Scottish Leaving Certificate Examination, 1951
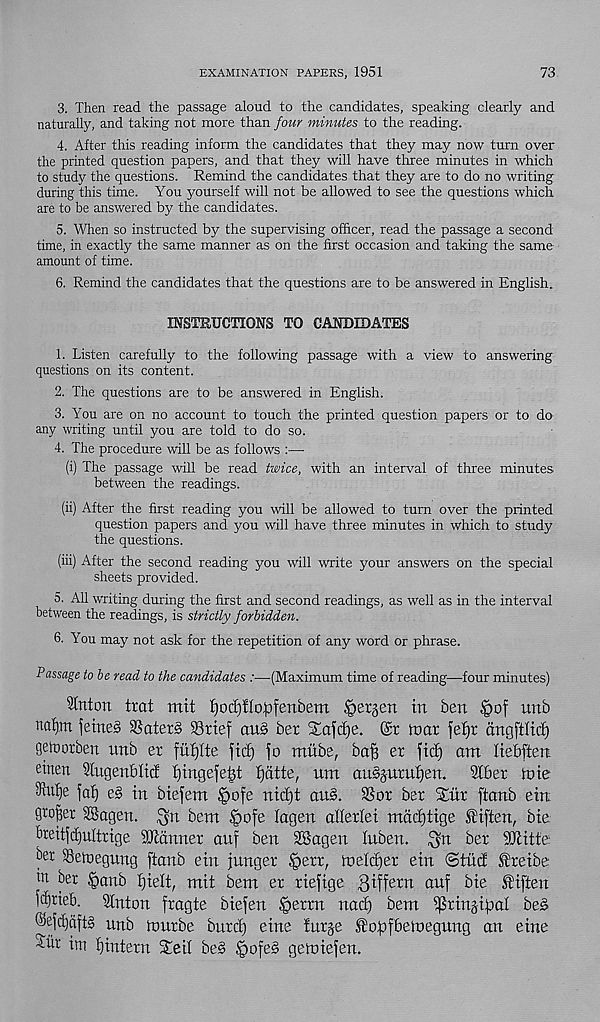
EXAMINATION PAPERS, 1951
73
3. Then read the passage aloud to the candidates, speaking clearly and
naturally, and taking not more than four minutes to the reading.
4. After this reading inform the candidates that they may now turn over
the printed question papers, and that they will have three minutes in which
to study the questions. Remind the candidates that they are to do no writing
during this time. You yourself will not be allowed to see the questions which
are to be answered by the candidates.
5. When so instructed by the supervising officer, read the passage a second
time, in exactly the same manner as on the first occasion and taking the same
amount of time.
6. Remind the candidates that the questions are to be answered in English..
INSTRUCTIONS TO CANDIDATES
1. Listen carefully to the following passage with a view to answering
questions on its content.
2. The questions are to be answered in English.
3. You are on no account to touch the printed question papers or to do
any writing until you are told to do so.
4. The procedure will be as follows :—
(i) The passage will be read twice, with an interval of three minutes
between the readings.
(ii) After the first reading you will be allowed to turn over the printed
question papers and you will have three minutes in which to study
the questions.
(iii) After the second reading you will write your answers on the special
sheets provided.
5. All writing during the first and second readings, as well as in the interval
between the readings, is strictly forbidden.
6. You may not ask for the repetition of any word or phrase.
Passage to be read to the candidates :—(Maximum time of reading—four minutes)
Hinton trat mit f)od)fIo,pfenbem Bergen in ben §of unb
nafym feineS 3Sater§ 93ttef au§ bet S£afd)e. @r mat fef)t iingfitid)
gelt or ben unb et futjlte fid) jo mitbe, bafi et fid) am Itebften
etnen 9lugenblid: f)ingefe|t fjatte, urn ausjumljen. Slbet nne
3iu£)e fa!) e§ in biejem (pofe nidjt au§. SSor bet Stiir ftanb ein
grower SBagen. $n bent |>ofe lagen alletlei mddjtige SHften, bie
breitjdjultrige SOMnnet auj ben SSagen luben. $n bet HJlitfe
i>er SSetoegung ftanb ein junget |>etr, tneldjet ein <5tM ^teibe
m bet .'oanb fjielt, mit bem et tiejige giffetn auf bie f iften
fd)tieb. Slnton ftagte biejen Jpettn nad) bem ^tinjijoal be§
@ejd)aft§ unb toutbe bntc^ eine furje ^opfbemegung an eine
Aiir im fjintetn Seil be§ §ofe§ gemiejen.